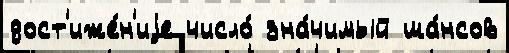
дост'иже́н'иjе число́ зна́чимый ша́нсов